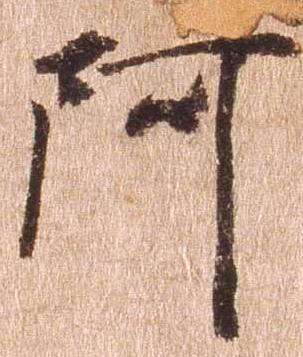
阿